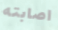
اصابته